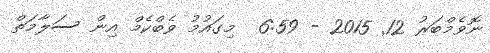
ނޮވެމްބަރު 12